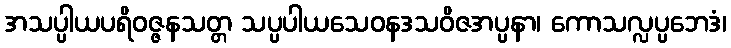
အသပ္ပါယပရိဝဇ္ဇနသတ္တ သပ္ပပါယသေဝနဒသဝိဇအပ္ပနာ၊ ကောသလ္လပ္ပဘေဒံ၊